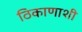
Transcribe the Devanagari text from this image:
ठिकाणाशी